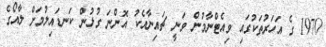
1970 ގެ އަހަރުތަކުގައި ވިއެޓްނާމުން ވަނީ ޗައިނާއެކު އޮންނަ ގުޅުން ކަނޑައިލުމަށް ލާއޯގެ